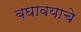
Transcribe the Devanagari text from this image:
बघावयाचे